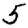
Digit: 5